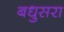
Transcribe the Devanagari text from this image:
बधुसरा